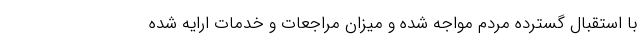
با استقبال گسترده مردم مواجه شده و میزان مراجعات و خدمات ارایه شده